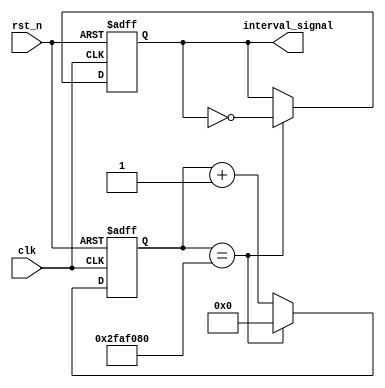
module IntervalTimer (
    input wire clk,
    input wire rst_n,
    output reg interval_signal
);

reg [31:0] counter;

initial
begin
    counter <= 0;
    interval_signal <= 0;
end

always @(posedge clk or negedge rst_n)
begin
    if (~rst_n)
    begin
        counter <= 0;
        interval_signal <= 0;
    end
    else
    begin
        counter <= counter + 1;
        if (counter == 50000000) // Assuming a clock frequency of 50MHz
        begin
            counter <= 0;
            interval_signal <= ~interval_signal;
        end
    end
end

endmodule